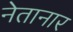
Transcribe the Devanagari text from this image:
नेतानार